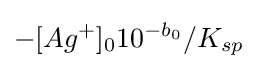
-[Ag^{+}]_{0}10^{-b_{0}}/K_{sp^{}}